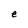
Character: e